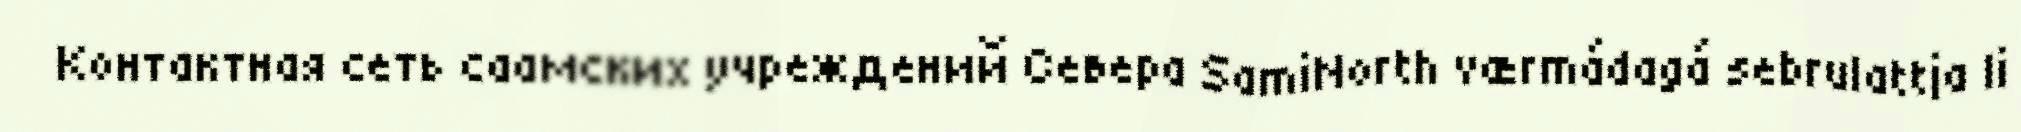
Контактная сеть саамских учреждений Севера SamiNorth værmádagá sebrulattja li